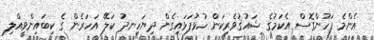
އެންމެ ފަހުންގޮސް އެކަމުގެ ޝައުޤުވެރިކަން ހުޅުފަޅައިގެން ދިޔަހިނދު ކަލޭ އަހަރެން ގެ ކިބައިންވީއްލި